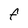
Character: f